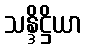
သန္ဒိဋ္ဌိယာ